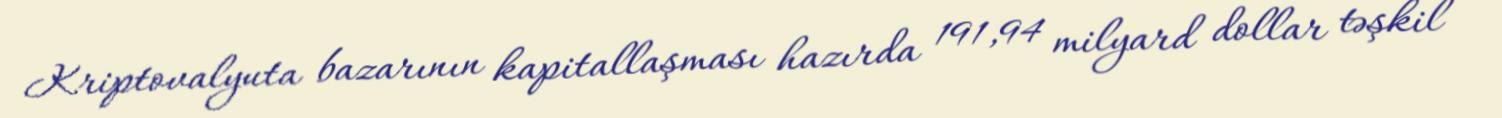
Kriptovalyuta bazarının kapitallaşması hazırda 191,94 milyard dollar təşkil